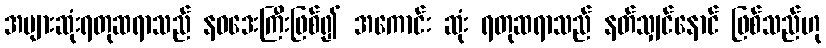
အများဆုံးရတုဆရာသည် နဝဒေးကြီးဖြစ်၍ အကောင်း ဆုံး ရတုဆရာသည် နတ်သျှင်နောင် ဖြစ်သည်ဟု